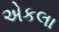
એકલા